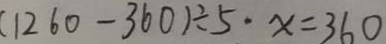
( 1 2 6 0 - 3 6 0 ) \div 5 \cdot x = 3 6 0